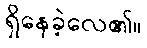
ရှိနေခဲ့လေ၏။